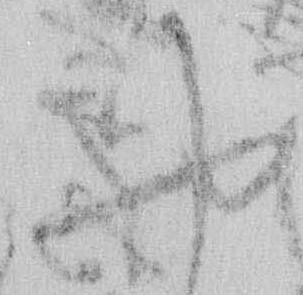
や